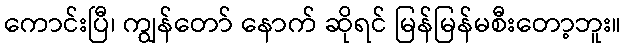
ကောင်းပြီ၊ ကျွန်တော် နောက် ဆိုရင် မြန်မြန်မစီးတော့ဘူး။